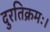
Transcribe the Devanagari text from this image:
दुरतिक्रमः।